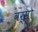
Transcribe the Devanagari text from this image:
वर्सो